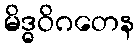
မိဒ္ဓဝိဂတေန